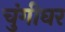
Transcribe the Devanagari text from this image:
चुंगीघर